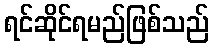
ရင်ဆိုင်ရမည်ဖြစ်သည်